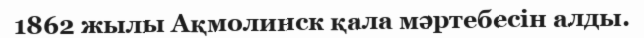
1862 жылы Ақмолинск қала мәртебесін алды.